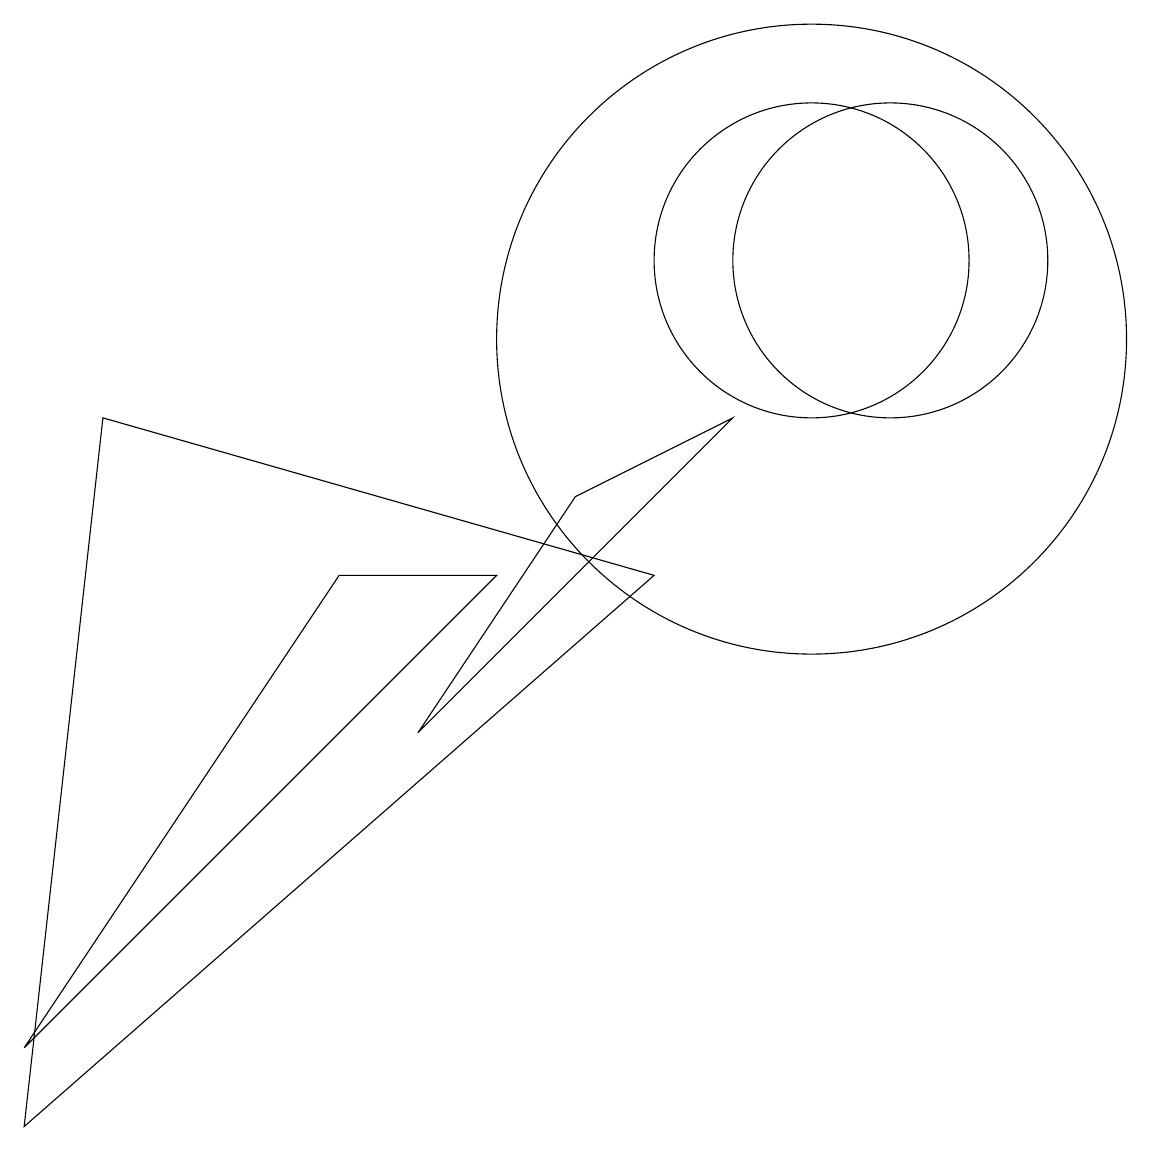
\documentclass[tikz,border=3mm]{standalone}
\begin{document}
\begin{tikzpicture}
\draw (11,11) circle (2);
\draw (10,10) circle (4);
\draw (9,9) -- (5,5) -- (7,8) -- cycle;
\draw (10,11) circle (2);
\draw (0,0) -- (1,9) -- (8,7) -- cycle;
\draw (6,7) -- (4,7) -- (0,1) -- cycle;
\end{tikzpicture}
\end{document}